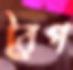
রৈপ